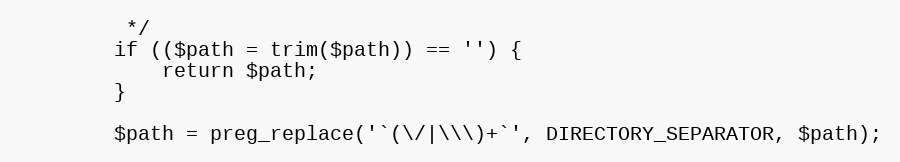
Language: PHP
         */
        if (($path = trim($path)) == '') {
            return $path;
        }

        $path = preg_replace('`(\/|\\\)+`', DIRECTORY_SEPARATOR, $path);